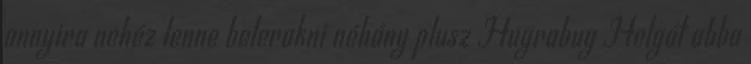
annyira nehéz lenne belerakni néhány plusz Hugrabug Helgát abba